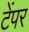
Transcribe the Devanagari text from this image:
टेंपर